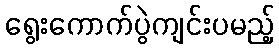
ရွေးကောက်ပွဲကျင်းပမည့်